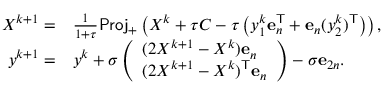
\begin{array} { r l } { X ^ { k + 1 } = } & { \frac { 1 } { 1 + \tau } \mathsf { P r o j } _ { + } \left( X ^ { k } + \tau C - \tau \left( y _ { 1 } ^ { k } \mathbf { e } _ { n } ^ { \mathsf { T } } + \mathbf { e } _ { n } ( y _ { 2 } ^ { k } ) ^ { \mathsf { T } } \right) \right) , } \\ { y ^ { k + 1 } = } & { y ^ { k } + \sigma \left( \begin{array} { l } { ( 2 X ^ { k + 1 } - X ^ { k } ) \mathbf { e } _ { n } } \\ { ( 2 X ^ { k + 1 } - X ^ { k } ) ^ { \mathsf { T } } \mathbf { e } _ { n } } \end{array} \right) - \sigma \mathbf { e } _ { 2 n } . } \end{array}